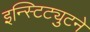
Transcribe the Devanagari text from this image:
इन्स्टिट्युटने